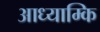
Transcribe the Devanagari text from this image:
आध्याम्कि